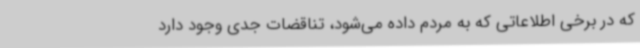
که در برخی اطلاعاتی که به مردم داده می‌شود، تناقضات جدی وجود دارد